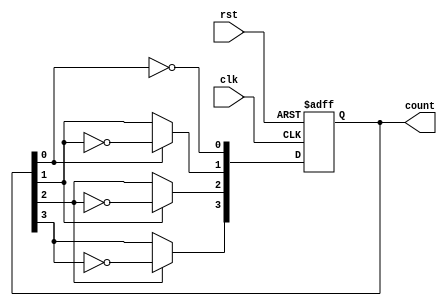
module async_ripple_counter (
    input wire clk,          // Clock input
    input wire rst,          // Asynchronous reset
    output reg [n-1:0] count // Counter output
);
    parameter n = 4; // Number of bits in the counter (change as needed)

    // T Flip-Flops
    reg [n-1:0] ff; // Internal flip-flop states

    always @(posedge clk or posedge rst) begin
        if (rst) begin
            ff <= 0; // Reset all flip-flops to 0
        end else begin
            ff[0] <= ~ff[0]; // Toggle the least significant bit (FF0)
            // Toggle subsequent flip-flops on the falling edge of the previous flip-flop
            ff[1] <= ff[0] ? ~ff[1] : ff[1];
            ff[2] <= ff[1] ? ~ff[2] : ff[2];
            ff[3] <= ff[2] ? ~ff[3] : ff[3];
            // Add more flip-flops if n > 4
        end
    end

    // Assign the internal flip-flop states to the output
    always @(*) begin
        count = ff;
    end
endmodule